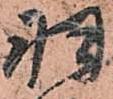
羽